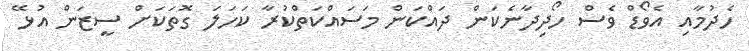
ހެދުމާއި އެވޯޑް ވެސް ހޯދިދާނެކަން ދައްކަން މަސައްކަތްކުރާ ކަހަލަ ގޮތަކަށް ސީޒަން އުޅޭ